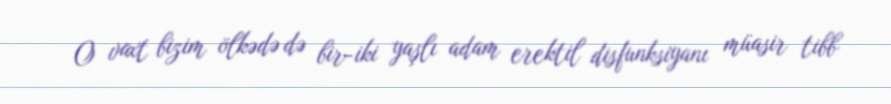
O vaxt bizim ölkədə də bir-iki yaşlı adam erektil disfunksiyanı müasir tibb